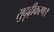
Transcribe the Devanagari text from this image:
सुदृढ़ीकरण।